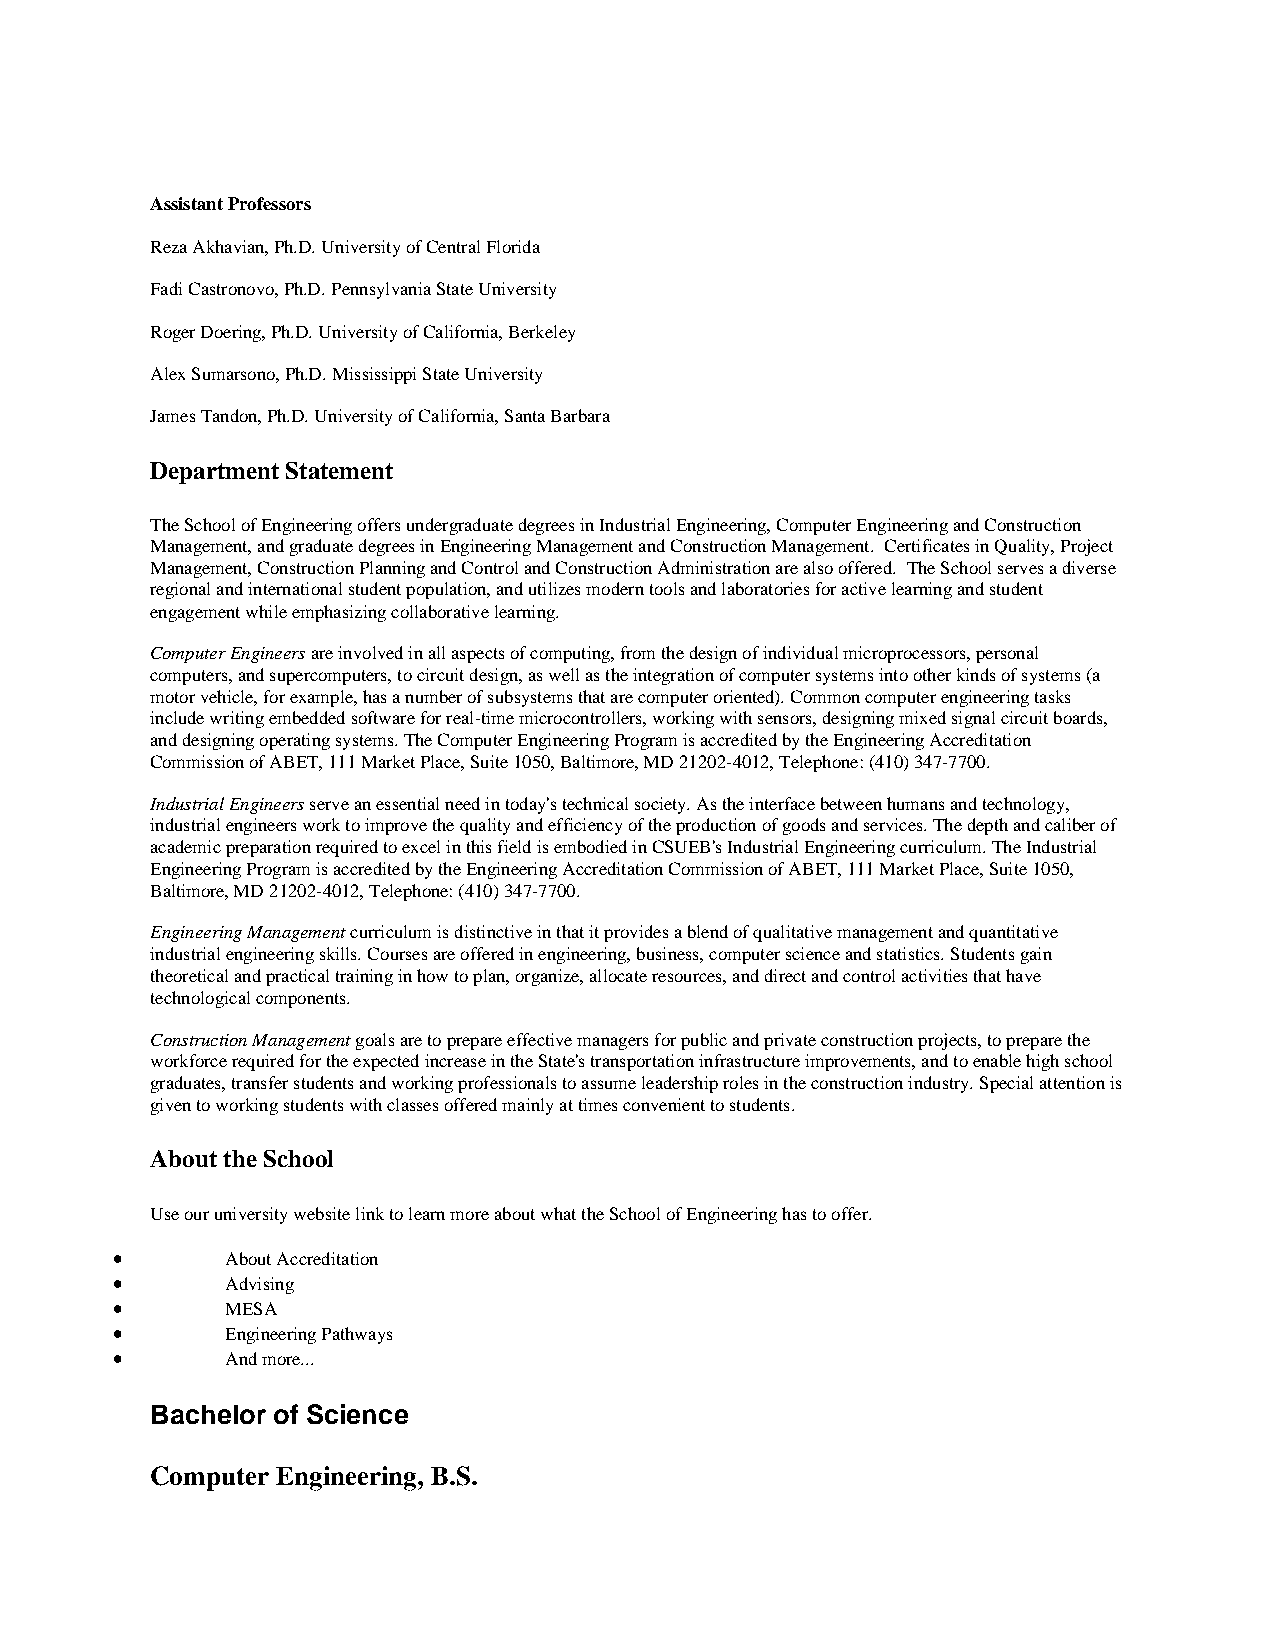
Assistant Professors
 Reza Akhavian, Ph.D. University of Central Florida
 Fadi Castronovo, Ph.D. Pennsylvania State University
 Roger Doering, Ph.D. University of California, Berkeley
 Alex Sumarsono, Ph.D. Mississippi State University
 James Tandon, Ph.D. University of California, Santa Barbara
 Department Statement
 The School of Engineering offers undergraduate degrees in Industrial Engineering, Computer Engineering and Construction
 Management, and graduate degrees in Engineering Management and Construction Management. Certificates in Quality, Project
 Management, Construction Planning and Control and Construction Administration are also offered. The School serves a diverse
 regional and international student population, and utilizes modern tools and laboratories for active learning and student
 engagement while emphasizing collaborative learning.
 Computer Engineers are involved in all aspects of computing, from the design of individual microprocessors, personal
 computers, and supercomputers, to circuit design, as well as the integration of computer systems into other kinds of systems (a
 motor vehicle, for example, has a number of subsystems that are computer oriented). Common computer engineering tasks
 include writing embedded software for real-time microcontrollers, working with sensors, designing mixed signal circuit boards,
 and designing operating systems. The Computer Engineering Program is accredited by the Engineering Accreditation
 Commission of ABET, 111 Market Place, Suite 1050, Baltimore, MD 21202-4012, Telephone: (410) 347-7700.
 Industrial Engineers serve an essential need in today's technical society. As the interface between humans and technology,
 industrial engineers work to improve the quality and efficiency of the production of goods and services. The depth and caliber of
 academic preparation required to excel in this field is embodied in CSUEB's Industrial Engineering curriculum. The Industrial
 Engineering Program is accredited by the Engineering Accreditation Commission of ABET, 111 Market Place, Suite 1050,
 Baltimore, MD 21202-4012, Telephone: (410) 347-7700.
 Engineering Management curriculum is distinctive in that it provides a blend of qualitative management and quantitative
 industrial engineering skills. Courses are offered in engineering, business, computer science and statistics. Students gain
 theoretical and practical training in how to plan, organize, allocate resources, and direct and control activities that have
 technological components.
 Construction Management goals are to prepare effective managers for public and private construction projects, to prepare the
 workforce required for the expected increase in the State's transportation infrastructure improvements, and to enable high school
 graduates, transfer students and working professionals to assume leadership roles in the construction industry. Special attention is
 given to working students with classes offered mainly at times convenient to students.
 About the School
 Use our university website link to learn more about what the School of Engineering has to offer.
 •       About Accreditation
 •       Advising
 •       MESA
 •       Engineering Pathways
 •       And more...
 Bachelor of Science
 Computer Engineering, B.S.